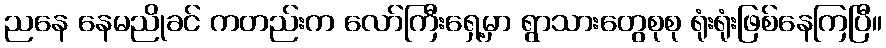
ညနေ နေမညိုခင် ကတည်းက လော်ကြီးရှေ့မှာ ရွာသားတွေစုစု ရုံးရုံးဖြစ်နေကြပြီ။